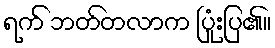
ရက် ဘတ်တလာက ပြုံးပြ၏။